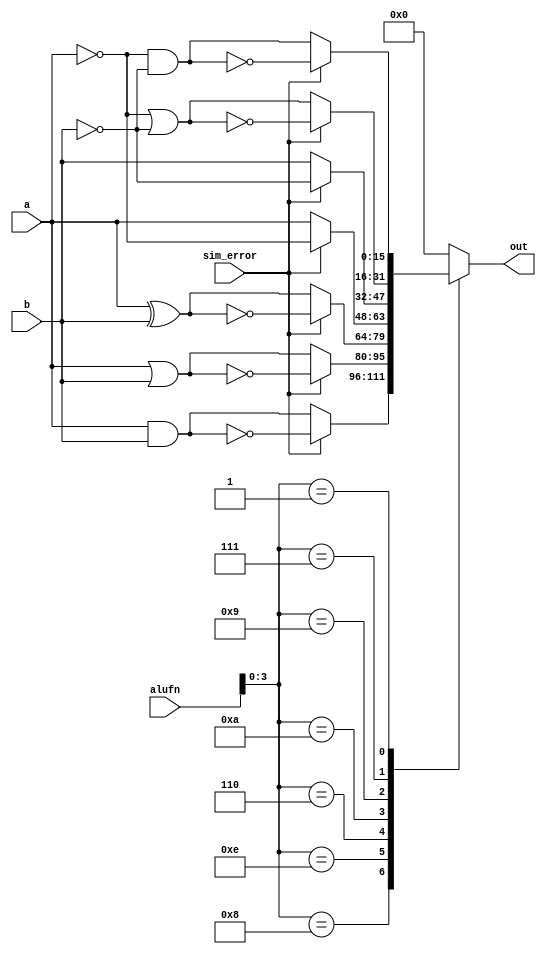
/*
   This file was generated automatically by Alchitry Labs version 1.2.7.
   Do not edit this file directly. Instead edit the original Lucid source.
   This is a temporary file and any changes made to it will be destroyed.
*/

module boolean_16_9 (
    input [15:0] a,
    input [15:0] b,
    input [5:0] alufn,
    input [0:0] sim_error,
    output reg [15:0] out
  );
  
  
  
  always @* begin
    
    case (alufn[0+3-:4])
      4'h8: begin
        if (sim_error == 1'h0) begin
          out = a & b;
        end else begin
          out = ~(a & b);
        end
      end
      4'he: begin
        if (sim_error == 1'h0) begin
          out = a | b;
        end else begin
          out = ~(a | b);
        end
      end
      4'h6: begin
        if (sim_error == 1'h0) begin
          out = a ^ b;
        end else begin
          out = ~(a ^ b);
        end
      end
      4'ha: begin
        if (sim_error == 1'h0) begin
          out = a;
        end else begin
          out = ~a;
        end
      end
      4'h9: begin
        if (sim_error == 1'h0) begin
          out = b;
        end else begin
          out = ~b;
        end
      end
      4'h7: begin
        if (sim_error == 1'h0) begin
          out = ~a | ~b;
        end else begin
          out = ~(~a | ~b);
        end
      end
      4'h1: begin
        if (sim_error == 1'h0) begin
          out = ~a & ~b;
        end else begin
          out = ~(~a & ~b);
        end
      end
      default: begin
        out = 16'h0000;
      end
    endcase
  end
endmodule